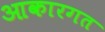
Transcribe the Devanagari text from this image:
आकारगत